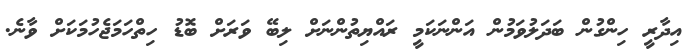
އިދާރީ ހިންގުން ބަދަލުވަމުން އަންނަކަމީ ރައްޔިތުންނަށް ލިބޭ ވަރަށް ބޮޑު ހިތްހަމަޖެހުމަކަށް ވާނެ.